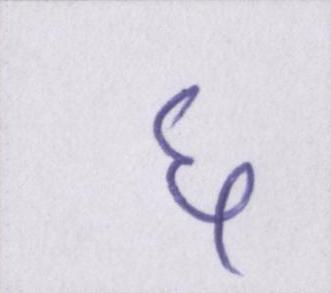
६